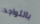
بالتواجد